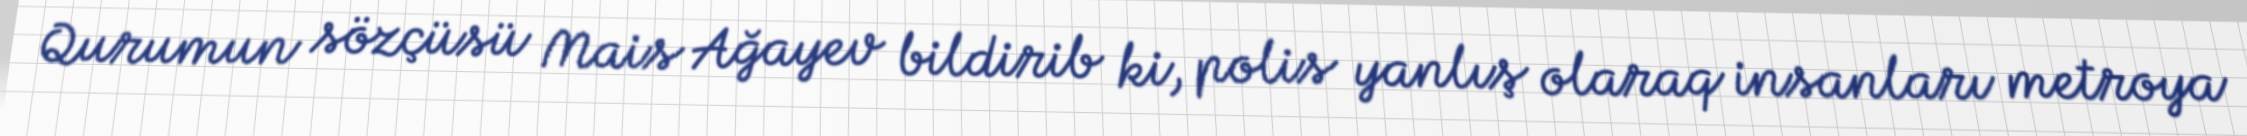
Qurumun sözçüsü Mais Ağayev bildirib ki, polis yanlış olaraq insanları metroya